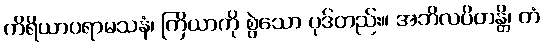
ကိရိယာပရာမသနံ၊ ကြိယာကို စွဲသော ပုဒ်တည်း။ အဘိလပိတန္တိ၊ တံ